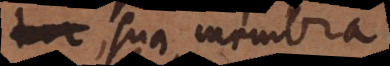
facile sua membra